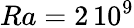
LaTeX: Ra=2\, 10^{9}